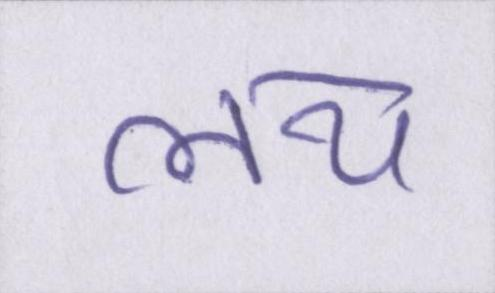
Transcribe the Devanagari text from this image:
लय